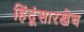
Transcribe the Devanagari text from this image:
हिंदूंसारखेच